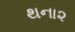
થના૨